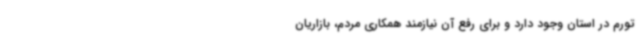
تورم در استان وجود دارد و برای رفع آن نیازمند همکاری مردم، بازاریان